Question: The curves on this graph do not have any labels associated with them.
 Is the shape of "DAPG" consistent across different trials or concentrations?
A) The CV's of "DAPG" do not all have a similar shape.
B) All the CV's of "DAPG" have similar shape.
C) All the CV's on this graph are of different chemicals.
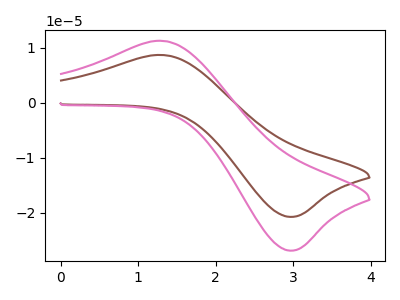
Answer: <think>The brown curve "brown" has an anodic peak at (1.35V, 8.65uA) and a cathodic peak at (2.95V, -20.75uA). The pink curve "pink" has an anodic peak at (1.35V, 11.25uA) and a cathodic peak at (2.95V, -26.85uA).
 All the peaks in "brown" have a peak in "pink" at the same potential. Every peak in "brown" is lower than every peak in "pink".</think>
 <answer>B) All the CV's of "DAPG" have similar shape.</answer>
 <eval>B</eval>